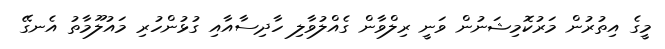
މީގެ އިތުރުން މަރުކޮމިޝަނުން ވަނީ ރިލްވާން ގެއްލުވާލި ހާދިސާއާއި ގުޅުންހުރި މައުލޫމާތު އެނގޭ